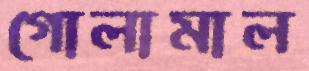
গোলামাল